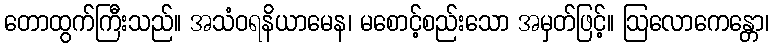
တောထွက်ကြီးသည်။ အသံဝရနိယာမေန၊ မစောင့်စည်းသော အမှတ်ဖြင့်။ ဩလောကေန္တော၊